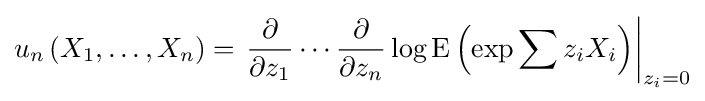
u_{n}\left(X_{1},\ldots ,X_{n}\right)=\left.{\frac {\partial }{\partial z_{1}}}\cdots {\frac {\partial }{\partial z_{n}}}\log \operatorname {E} \left(\exp \sum z_{i}X_{i}\right)\right|_{z_{i}=0}